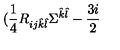
( \frac { 1 } { 4 } R _ { i j \hat { k } \hat { l } } \Sigma ^ { \hat { k } \hat { l } } - \frac { 3 i } { 2 }